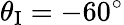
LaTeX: \theta_{\textup{I}}=-60^{\circ}